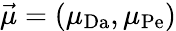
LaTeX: \vec{\mu}=(\mu_{\mathrm{Da}},\mu_{\mathrm{Pe}})